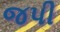
જપી